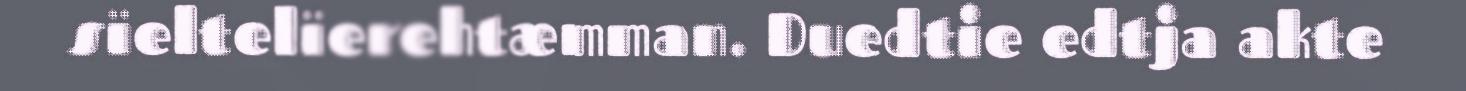
sïeltelïerehtæmman. Duedtie edtja akte